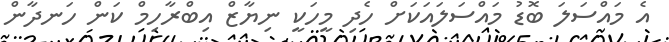
އެ މައްސަލަ ބޮޑު މައްސަލައަކަށް ހެދި މީހަކީ ނިޔާޒް އިބްރާހިމް ކަން ހަނދާން